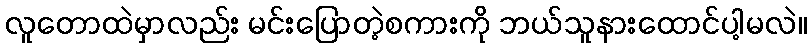
လူတောထဲမှာလည်း မင်းပြောတဲ့စကားကို ဘယ်သူနားထောင်ပါ့မလဲ။